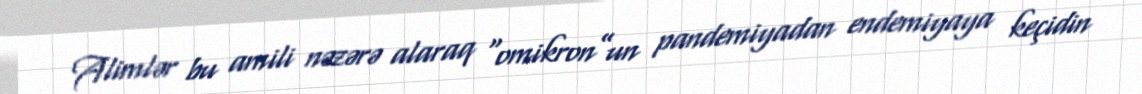
Alimlər bu amili nəzərə alaraq “omikron”un pandemiyadan endemiyaya keçidin